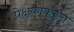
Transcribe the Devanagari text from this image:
प्रेक्षकाकडुन